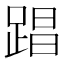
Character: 𮛤